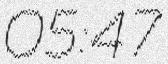
05:47